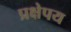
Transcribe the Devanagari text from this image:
प्रक्षेपय